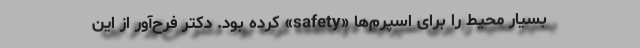
بسیار محیط را برای اسپرم‌ها «safety» کرده بود. دکتر فرح‌آور از این